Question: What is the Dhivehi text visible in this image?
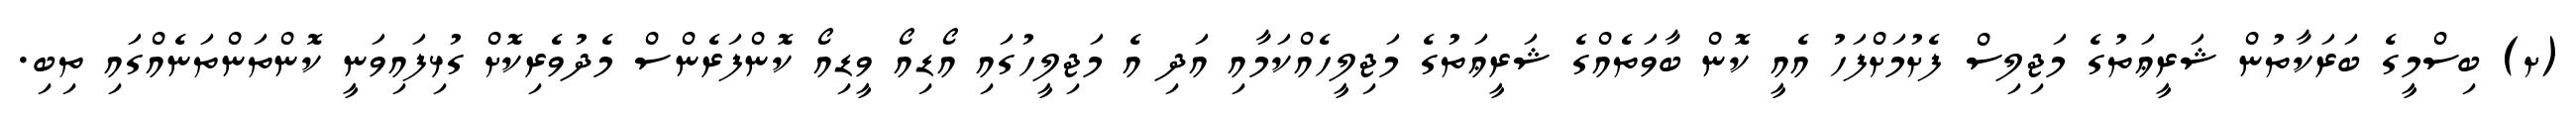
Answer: (ށ) ބިސްމީގެ ބަރަކާތުން ޝަރީޢަތުގެ މަޖިލިސް ފެށުމަށްފަހު އެއީ ކޮން ބާވަތެއްގެ ޝަރީޢަތުގެ މަޖިލީހެއްކަމާއި އަދި އެ މަޖިލީހުގައި އޯޑިއޯ ވީޑިއޯ ކޮންފަރެންސް މެދުވެރިކޮށް ގުޅިފައިވަނީ ކޮންތަންތަނެއްގައި ތިބި.